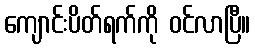
ကျောင်းပိတ်ရက်ကို ဝင်လာပြီ။